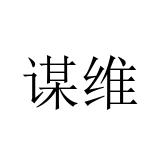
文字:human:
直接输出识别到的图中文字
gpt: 谋维